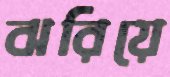
ঝরিয়ে